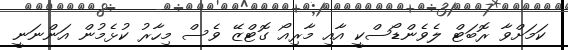
ކަމަށްވާ ރޮބަޓް ލެވެންޑޯސްކީ އާއި މާރިއޯ ގޮޓްޒޭ ވެސް މިހާރު ކުޅެމުން އަންނަނީ